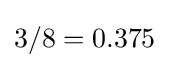
3/8=0.375